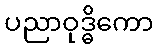
ပညာဝုဒ္ဓိကော